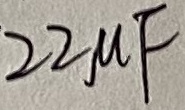
Text: 22µF